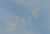
كارولين